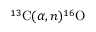
^ { 1 3 } \mathrm { C } ( \ensuremath { \alpha } , n ) ^ { 1 6 } \mathrm { O }